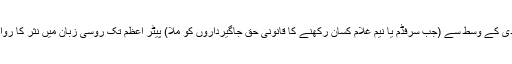
(د) سترہویں صدی کے وسط سے (جب سرفڈم یا نیم غلام کسان رکھنے کا قانونی حق جاگیرداروں کو ملا) پیٹر اعظم تک روسی زبان میں نثر کا رواج برائے نام تھا۔